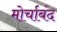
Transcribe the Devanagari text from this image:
मोर्चाबंद